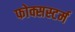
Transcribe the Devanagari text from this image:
फोक्सस्टर्म